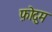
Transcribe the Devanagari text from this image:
फ़ोदुम